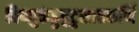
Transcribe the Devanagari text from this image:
विष्णुकंड्डचुटुसातकर्णि